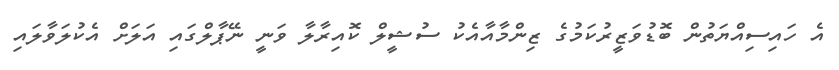
އެ ހައިސިއްޔަތުން ބޮޑުވަޒީރުކަމުގެ ޒިންމާއާއެކު ސުޝީލް ކޮއިރާލާ ވަނީ ނޭޕާލްގައި އަލަށް އެކުލަވާލައި